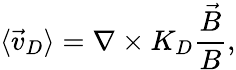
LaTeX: \langle\vec{v}_{D}\rangle=\nabla\times K_{D}\frac{\vec{B}}{B},